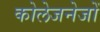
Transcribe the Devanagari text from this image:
कोलेजनेजों